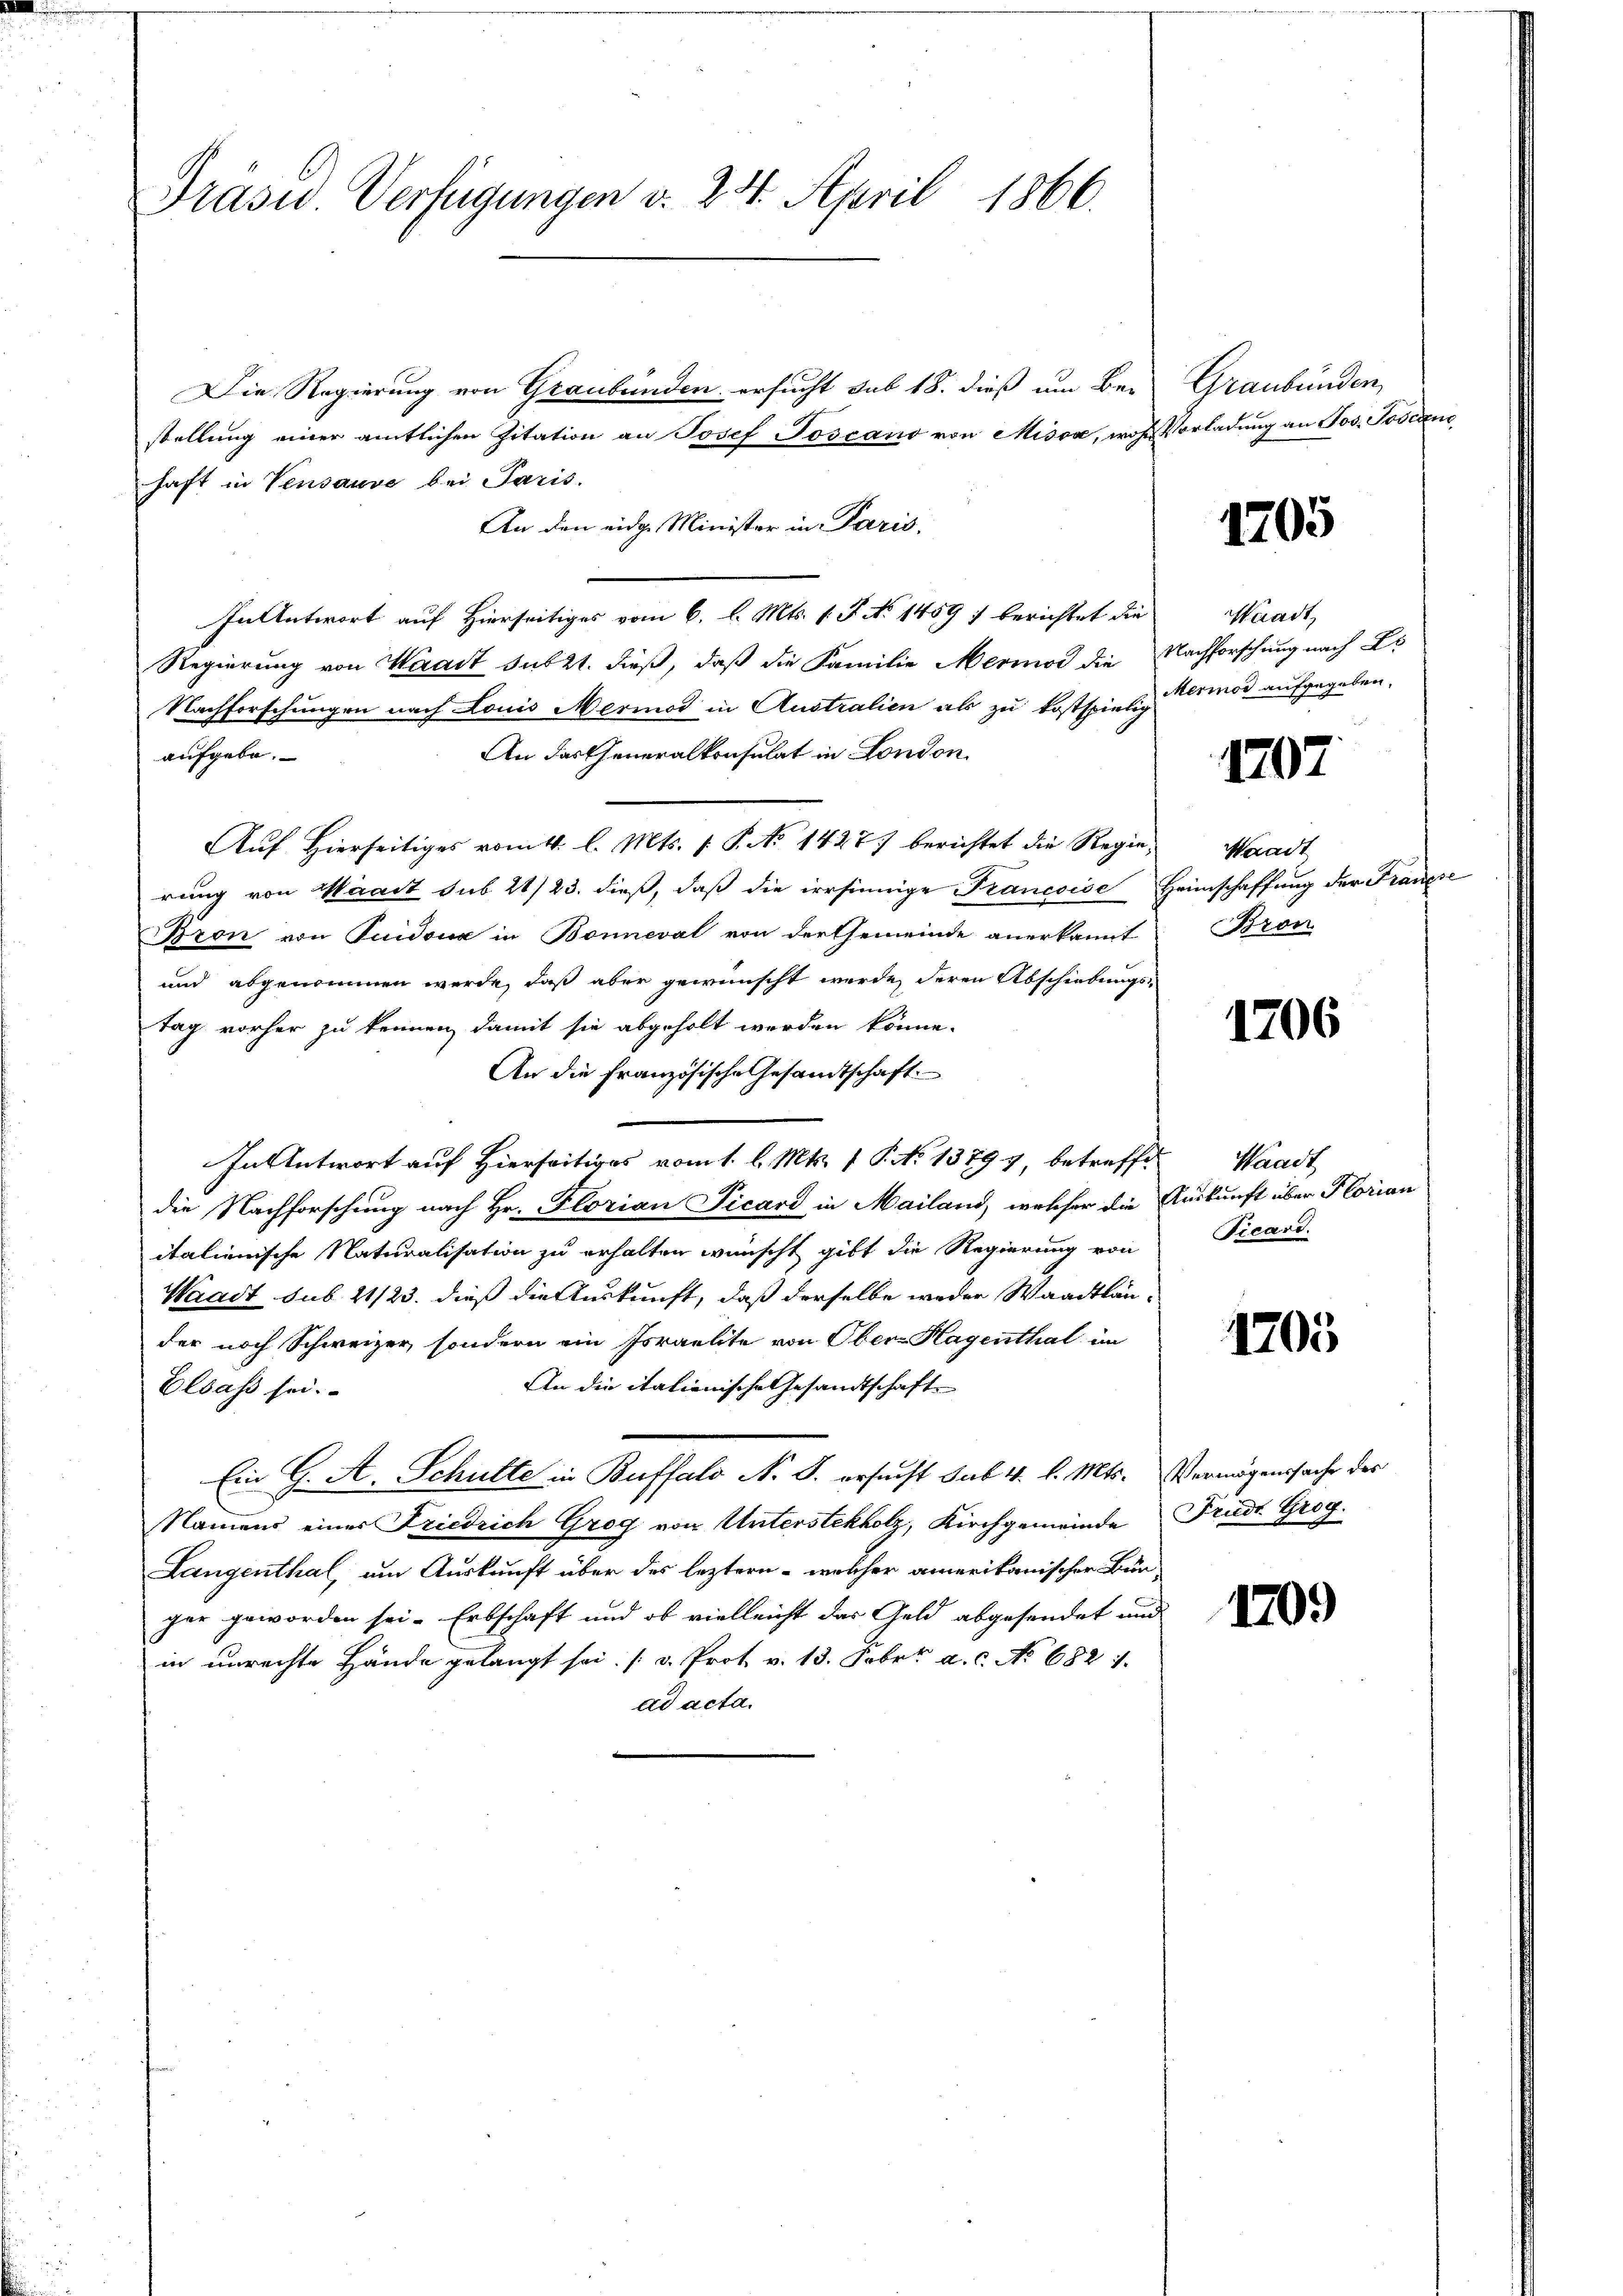
Präsid. Verfügungen v. 24. April 1866.

Die Regierung von Graubünden ersucht sub 18. dieß um Be- Graubünden,
stellung einer amtlichen Zitation an Josef Toscano von Missa, wohl Vorladung an Jos. Toscanz
haft in Vensause bei Paris.
An den eidg. Minister in Paris.
In Antwort auf Hierseitiges vom 6. l. Mts. v. J. No 1459 f berichtet die
Regierung von Waadt subzt. dieß, daß die Familie Meriod die Nachforschung nach Er
Nachforschungen nach Louis Meriod in Australien als zu kostspielig vermor aufgegeben.
An das Generalkonsulat in London
aufgebe.
Auf Hierseitiges vom 4. l. Mts. (: P. No 1427.) berichtet die Regierung von Maart sub 21/23. dieß, daß die irrsinnige Francoise Heimschaffung der Francie
Bron von Tuidoua in Bonneval von der Gemeinde anerkannt
und abgenommen werde, daß aber gewünscht werde, deren Abschiebungstag vorher zu kennen, damit sie abgeholt werden könne.
An die französische Gesandtschaft
In Antwort auf Hierseitis vom 1. l. Mts. 1 P. No 13797, betreffe
die Nachforschung nach Hr. Florian Picard in Mailand, welcher die Auskunft über Florian
italienische Naturalisation zu erhalten wünscht gibt die Regierung von
Waadt sub 21/23. dieß die Auskunft, daß derselbe weder Waadtläuder noch Schweizer, sondern ein Israelite von Obern Hagenthal im
An die itationische Gesandtschaft
Elsass sei.
Ein G. A. Schulte in Buffalo N. S. ersucht sub. 4. l. Mts. Vermögenssache des
Namens einer Friedrich Grog von Unterstekholz, Kirchgemeinde Frudt Grog
Langenthal, um Auskunft über des leztern - welcher amerikanischer Bürger geworden sei. Erbschaft und ob vielleicht das Geld abgesendet und
in unrechte Hände gelangt sei. (v. Prot. v. 13. Febr. a. c. No 682. 1.
ad acta.

1705

Waadt,

1707

Waadt
Bron

1706

Waadt,
Vicard.

1705

170.